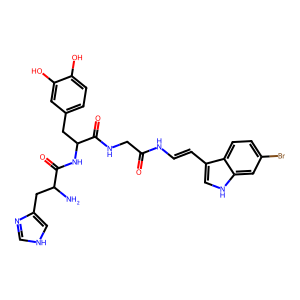
SMILES: NC(Cc1c[nH]cn1)C(=O)NC(Cc1ccc(O)c(O)c1)C(=O)NCC(=O)NC=Cc1c[nH]c2cc(Br)ccc12
Inhibits HIV replication: No